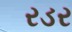
રડર